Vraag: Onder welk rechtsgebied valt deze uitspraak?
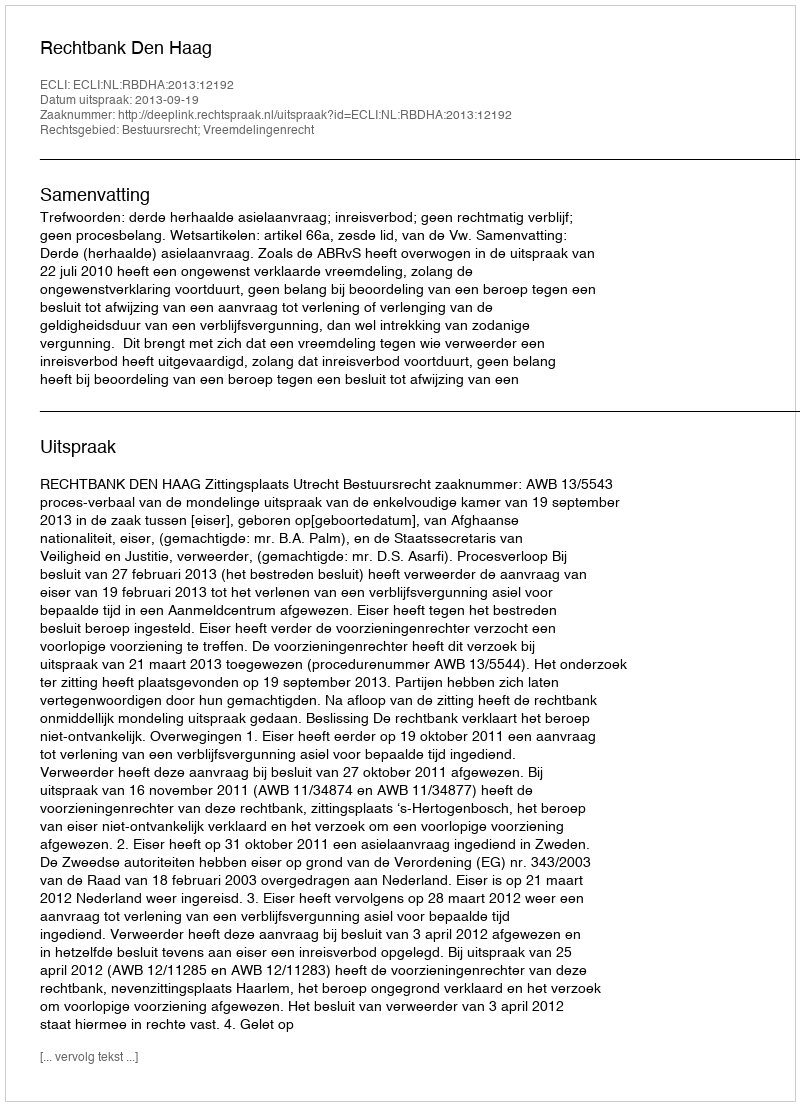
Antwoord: Bestuursrecht; Vreemdelingenrecht